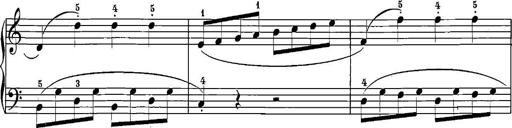
Title: 12 Sonatinas
Composer: Ignaz Pleyel